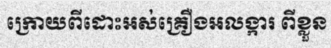
ក្រោយពីដោះអស់គ្រឿងអលង្ការ ពីខ្លួន